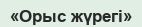
«Орыс жүрегі»